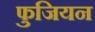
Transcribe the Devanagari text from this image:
फुजियन